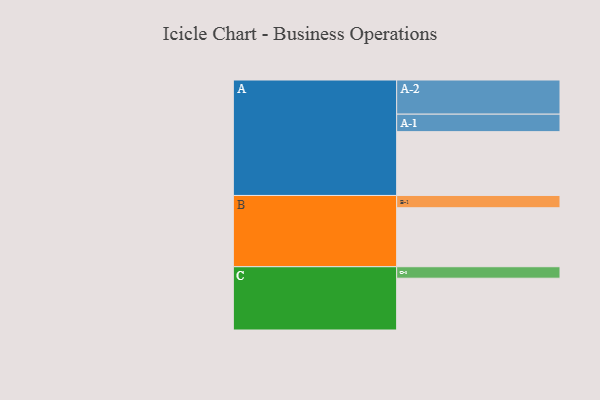
{"axis": {"x": "Segment", "y": "Value"}, "legend": ["", "A", "B", "C"], "data": [{"x": "A", "y": 478, "type": ""}, {"x": "B", "y": 442, "type": ""}, {"x": "C", "y": 388, "type": ""}, {"x": "A-1", "y": 131, "type": "A"}, {"x": "A-2", "y": 256, "type": "A"}, {"x": "B-1", "y": 92, "type": "B"}, {"x": "C-1", "y": 86, "type": "C"}]}